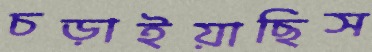
চড়াইয়াছিস